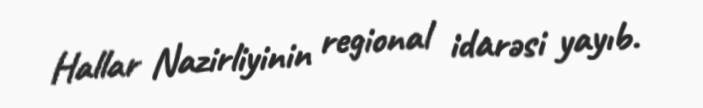
Hallar Nazirliyinin regional idarəsi yayıb.